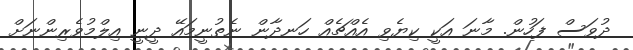
ދުވަސް ފަހުން. މާނަ އަކީ ކިޔެވި އެއްޗެއް ހަނދާން ނެތުނީމައޭ ދީނީ އިލްމުވެރިންނަށް